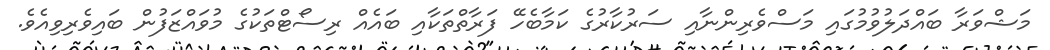
މަޝްވަރާ ބައްދަލުވުމުގައި މަސްވެރިންނާއި ސަރުކާރުގެ ކަމާބެހޭ ފަރާތްތަކާއި ބައެއް ރިސޯޓްތަކުގެ މުވައްޒަފުން ބައިވެރިވިއެވެ.